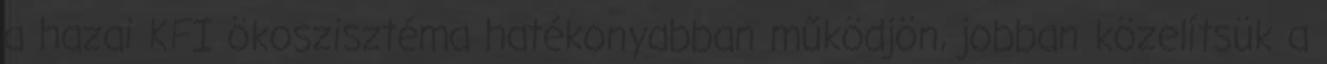
a hazai KFI ökoszisztéma hatékonyabban működjön, jobban közelítsük a